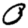
Digit: 0